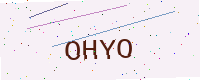
Text: OHYO